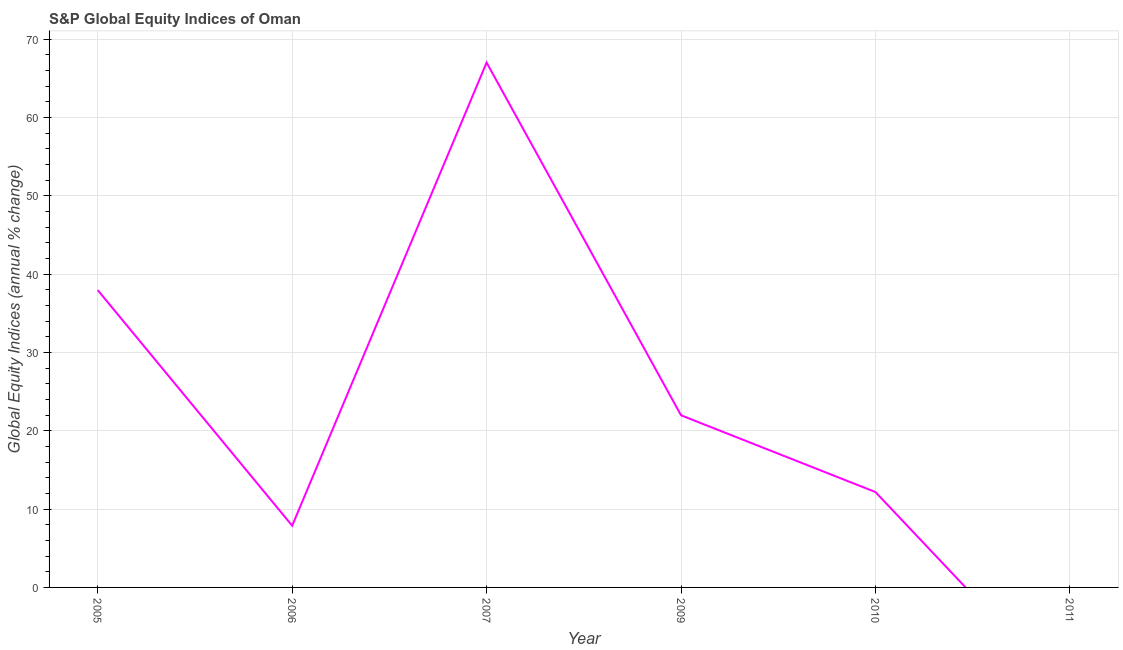
| Year | S&P Global Equity Indices |
 | --- | --- |
 | 2005 | 38 |
 | 2006 | 7.88 |
 | 2007 | 67 |
 | 2009 | 22 |
 | 2010 | 12.2 |
 | 2011 | -14.1 |